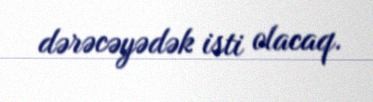
dərəcəyədək isti olacaq.